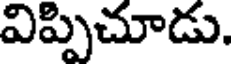
విప్పిచూడు.